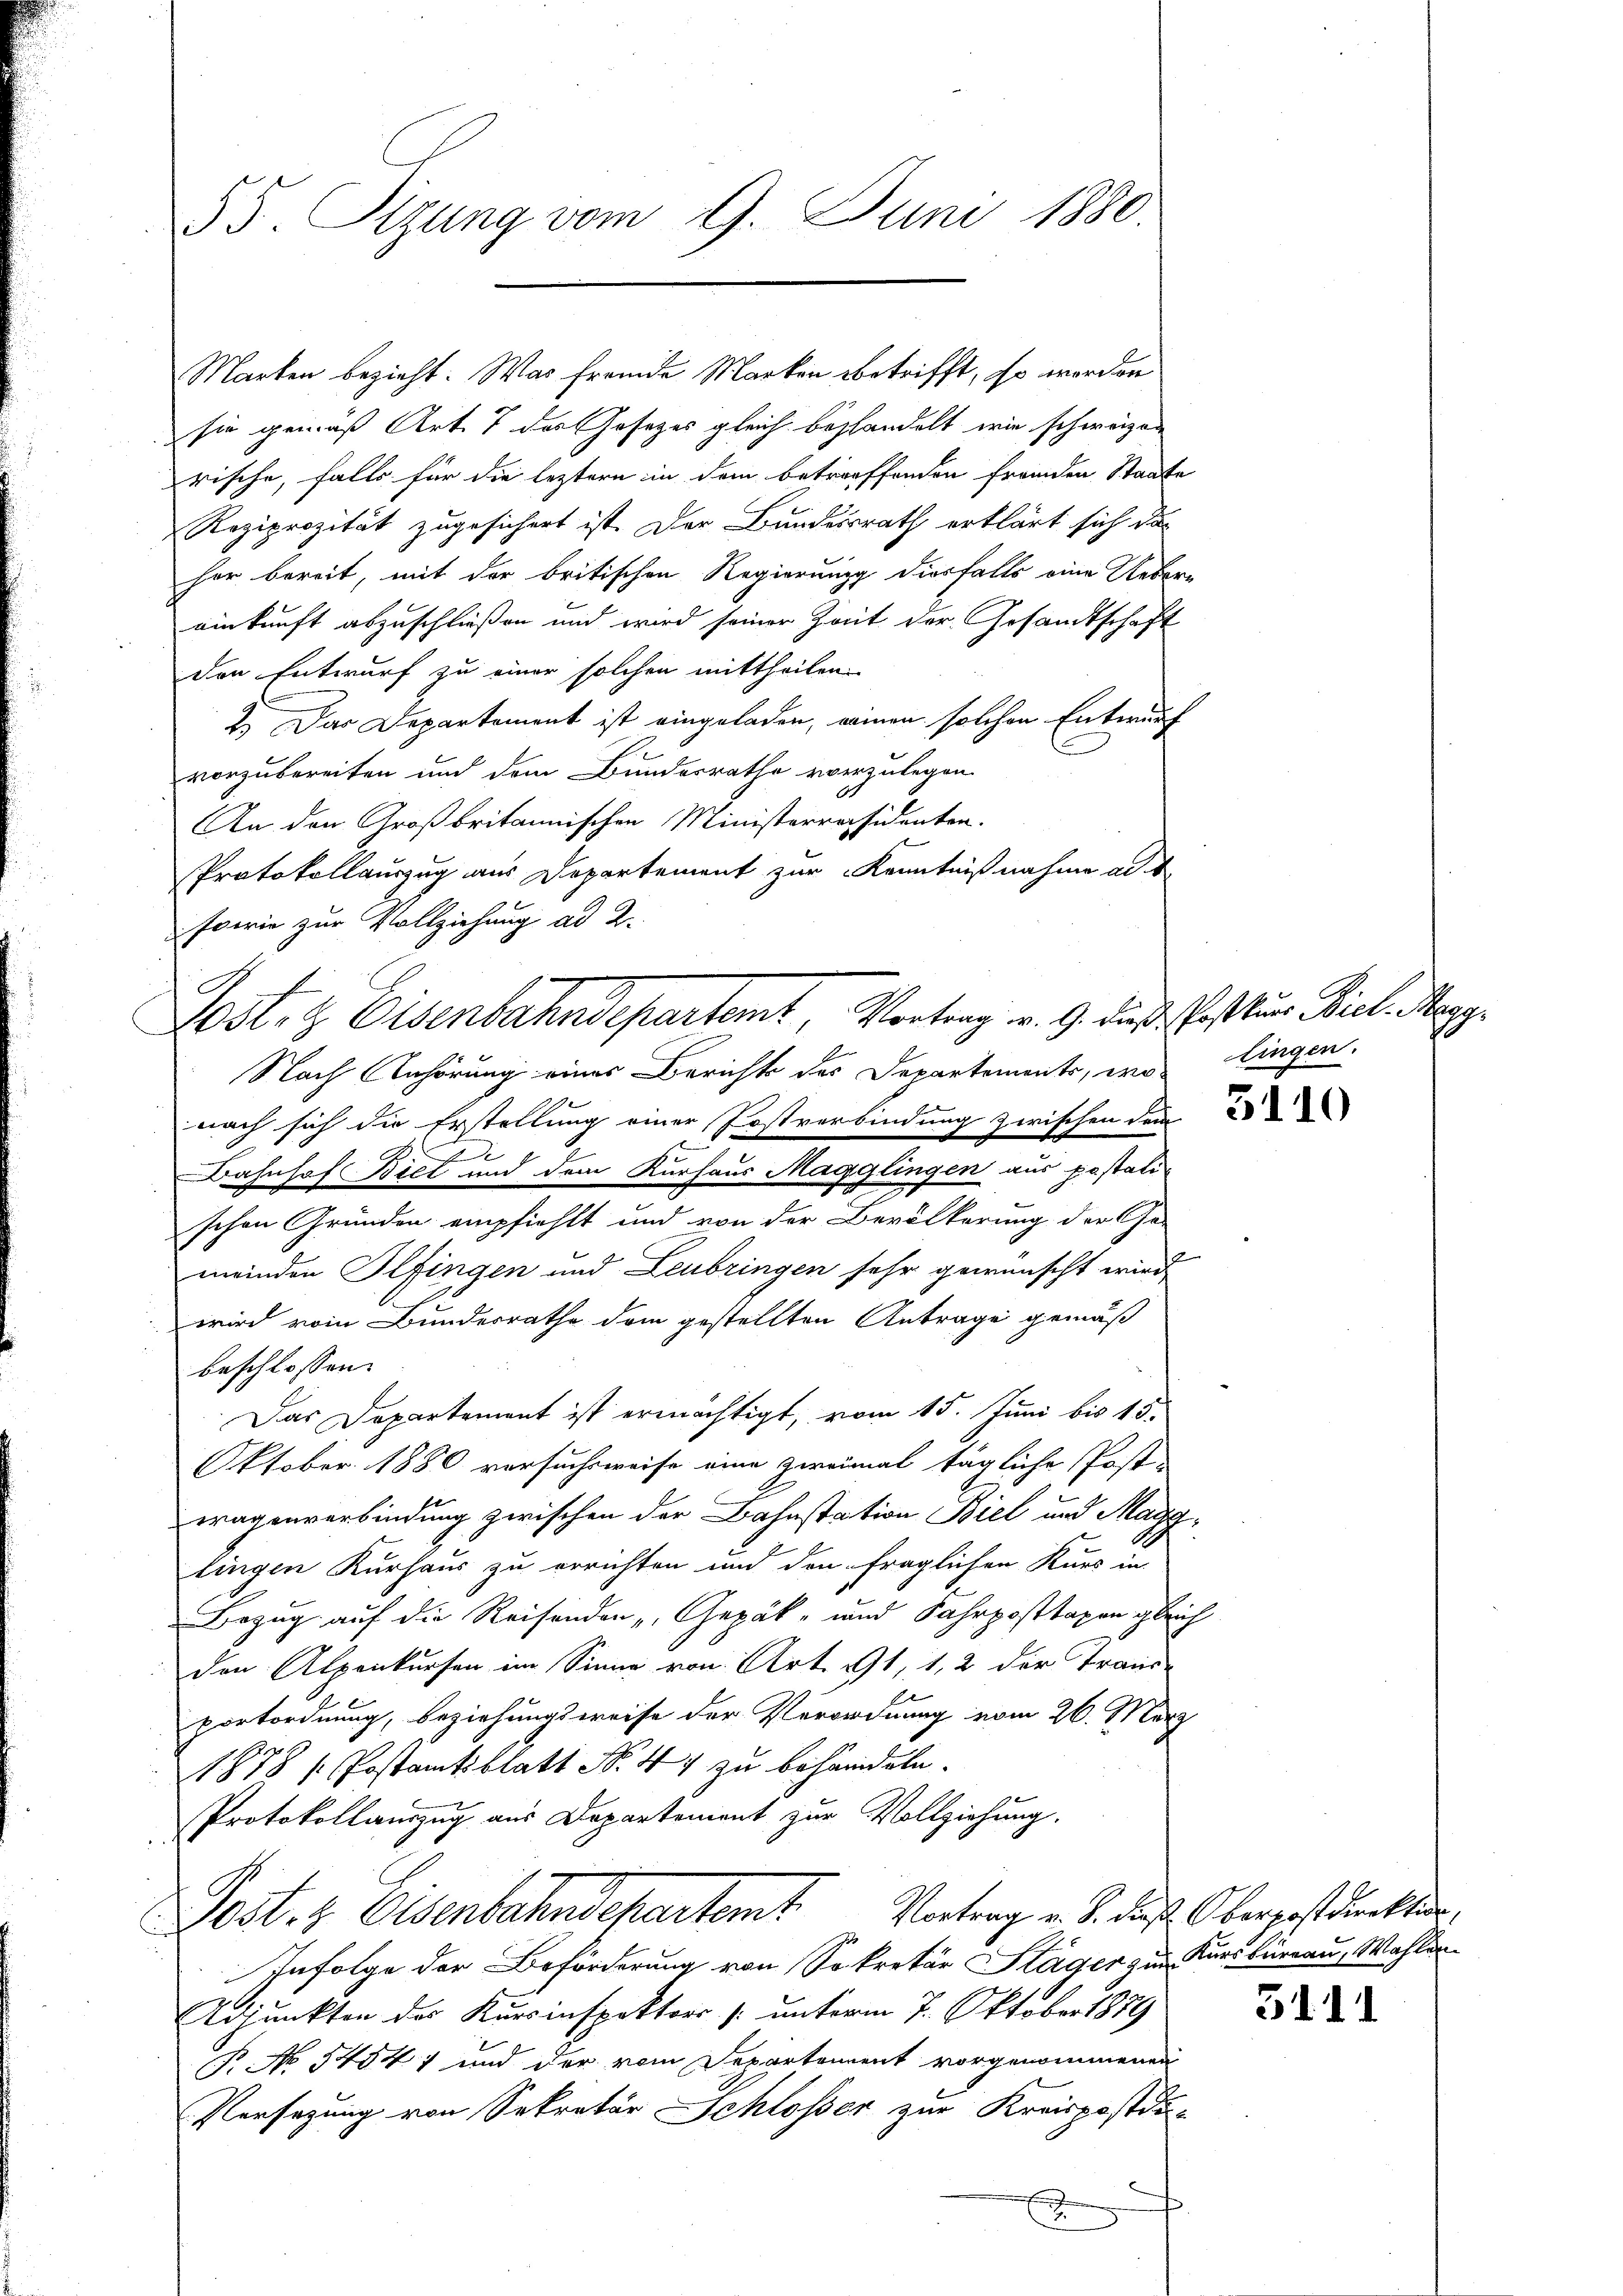
55. Sizung vom 9. Juni 1880.

sie gemäß Art. 7 des Gesezes gleich behandelt, wie schweizen
rische, falls für die leztern in dem betreffenden Fremden Staate
Reziprozität zugesichert ist. Der Bundesrath erklärt sich da
her bereit, mit der britischen Regierung diesfalls eine Ueber-
einkunft abzuschließen und wird seiner Zeit der Gesandtschaft
den Entwurf zu einer solchen mittheilen.
2. Das Departement ist eingeladen, meinen solchen Entwurf
vorzubereiten und dem Bundesrathe verzulegen.
An den Großbritannischen Ministerräsidenten.
Protokollauszug aus Departement zur Kenntnißnahme ad 1.
sowie zur Vollziehung ad 2.
Nach Anhörung eines Berichts des Departements, wo lingen.
nach sich die Erstellung einer Postverbindung zwischen der
.C
E
Bahnhof Biet und dem Kurhaus Magglingen aus postatu-
schen Gründen empfiehlt und von der Bevölkerung der Ge-
meinden Plfingen und Leubringen sehr gewünscht wird,
wird vom Bundesrathe dem gestellten Antrage gemäß
beschlossen:
Das Departement ist ermächtigt, vom 15. Juni bis 15.
Oktober 1880 versuchsweise eine zweimal tägliche Post-
wagenverbindung zwischen der Bahnstation Biel und Magglingen Kurhaus zu errichten und den fraglichen Kurs in
Bezug auf die Reisenden „Gepäk- und Fahrposttagen gleich
den Alpenkursen im Sinne von Art. 91, 1, 2 der Trans-
portordnung, beziehungsweise der Verordnung vom 26. März
1878 / Postamtsblatt N. 44 zu behandeln.
Protokollauszug aus Departement zur Vollziehung.

Marken bezieht: Was fremde Marken betrifft, so werden

Lost. H. Eisenbahndepartemt, Vortrag v. 9. dieß Postum Biel Mezg¬

Post. Eisenbahndepartem Vortrag u. S. das Oberpostdirekten.
Infolge der Beförderung von Sokretär Stäger zur Kursbüreau, Wahlen.

Adjunkten des Kursinspektors /: unterm 7. Oktober 1889
P. Nr. 54547 und der vom Departement vorgenommenen
Versagung von Sekretär Schlosser zur Kreispostdid

3111